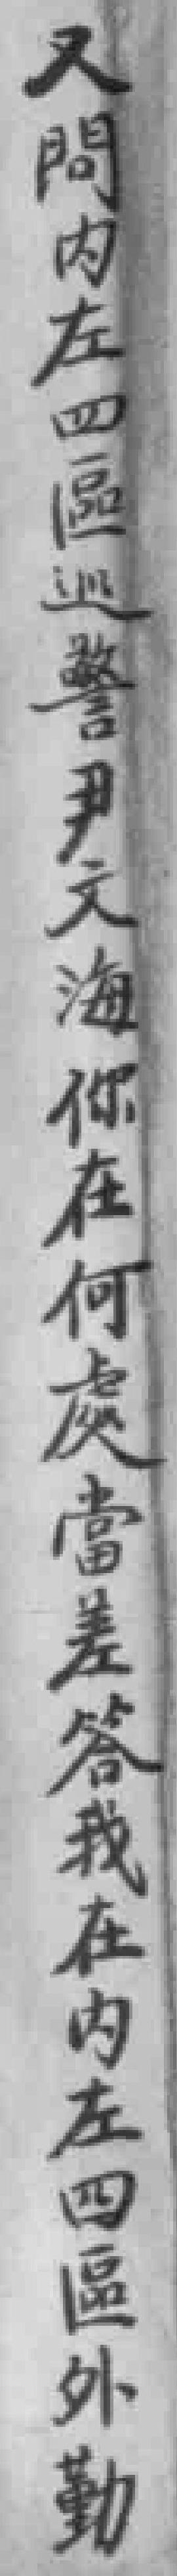
又問内左四區巡警尹文海你在何處當差答我在内左四區外勤